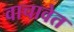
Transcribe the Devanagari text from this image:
वाचावेत